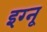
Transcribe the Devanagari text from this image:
इग्‍नू